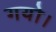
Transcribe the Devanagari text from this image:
गयो।